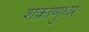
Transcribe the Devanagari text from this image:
शक्राणुधर